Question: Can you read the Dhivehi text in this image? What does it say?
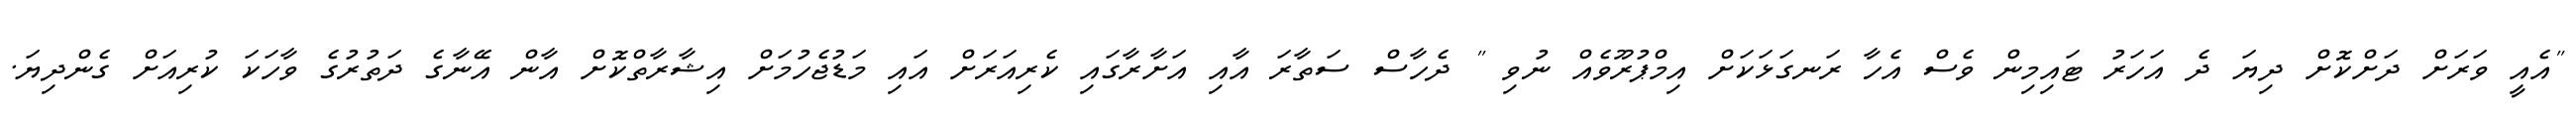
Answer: "އެއީ ވަރަށް ދަށްކޮށް ދިޔަ ދެ އަހަރު ޓައިމިން ވެސް އެހާ ރަނގަޅަކަށް އިމްޕުރޫވެއް ނުވި " ދެހާސް ސަތާރަ އާއި އަށާރާގައި ކެރިއަރަށް އައި މަޑުޖެހުމަށް އިޝާރާތްކޮށް އާން އޭނާގެ ދަތުރުގެ ވާހަކަ ކުރިއަށް ގެންދިޔަ.